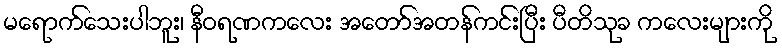
မရောက်သေးပါဘူး၊ နီဝရဏကလေး အတော်အတန်ကင်းပြီး ပီတိသုခ ကလေးများကို